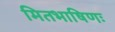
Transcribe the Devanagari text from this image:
मितभाषिणः